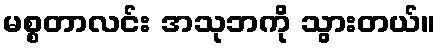
မစ္စတာလင်း အသုဘကို သွားတယ်။